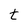
Character: t